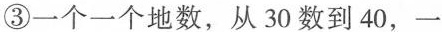
③一个一个地数，从30数到40，一